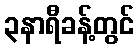
၃နာရီခန့်တွင်